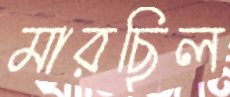
মারছিল